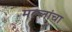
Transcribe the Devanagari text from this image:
मल्लांचा